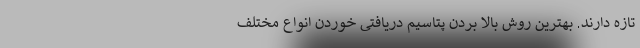
تازه دارند. بهترین روش بالا بردن پتاسیم دریافتی خوردن انواع مختلف